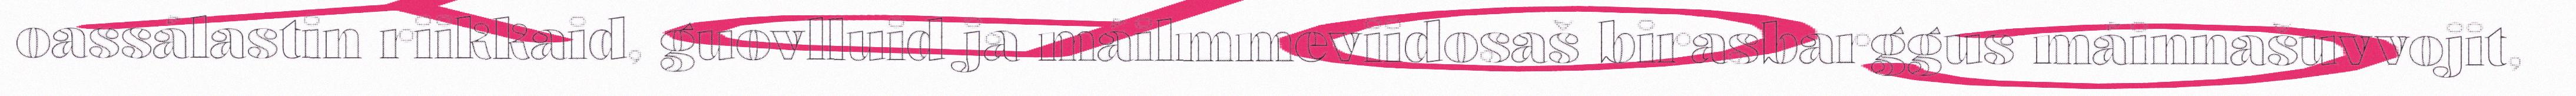
oassálastin riikkaid, guovlluid ja máilmmeviidosaš birasbarggus máinnašuvvojit,